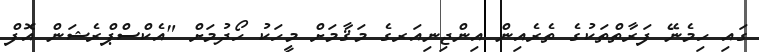
ގައި ހިމެނޭ ފަރާތްތަކުގެ ތެރެއިން އިންޖިނިއަރގެ މަޤާމަށް މީހަކު ހޯދުމަށް "އެކްސްޕްރެޝަން އޮފް